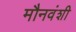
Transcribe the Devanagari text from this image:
मौनवंशी